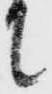
て